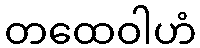
တထေဝါဟံ